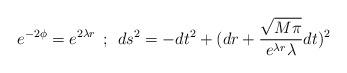
LaTeX: \begin{align*}e^{-2\phi} = e^{2\lambda r} \: \: ; \: \: ds^2 = -dt^2 + (dr +\frac{\sqrt{M\pi}}{e^{\lambda r} \lambda} dt)^2 \end{align*}